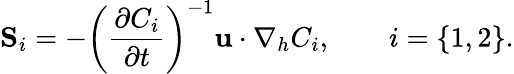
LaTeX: {\mathbf S}_{i}=-\left(\frac{\partial C_{i}}{\partial t}\right)^{-1}{\mathbf u}\cdot\nabla_{h}C_{i},\qquad i=\{ 1,2\} .